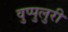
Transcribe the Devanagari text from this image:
वुप्पुलुरी